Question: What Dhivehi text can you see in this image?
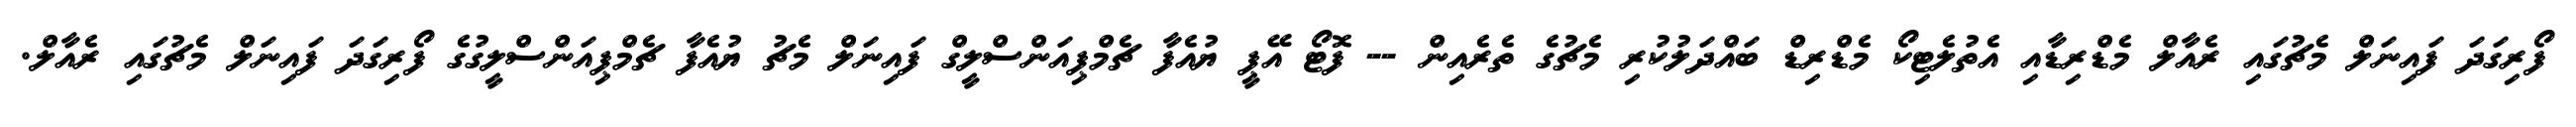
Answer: ފޯރިގަދަ ފައިނަލް މެޗުގައި ރެއާލް މެޑްރިޑާއި އެތުލެޓިކޯ މެޑްރިޑް ބައްދަލުކުރި މެޗުގެ ތެރެއިން -- ފޮޓޯ އޭޕީ ޔުއެފާ ޗެމްޕިއަންސްލީގް ފައިނަލް މެޗު ޔުއެފާ ޗެމްޕިއަންސްލީގުގެ ފޯރިގަދަ ފައިނަލް މެޗުގައި ރެއާލް.